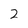
Character: 2